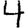
Digit: 4